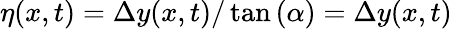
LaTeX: \eta(x,t)=\Delta y(x,t)/\tan{(\alpha)}=\Delta y(x,t)